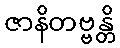
ဇာနိတဗ္ဗန္တိ